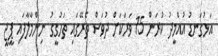
އަޅުގަނޑު އުއްމީދު ކުރަން 15 ވަރަކަށް ދުވަސް ތެރޭގައި ތަހުގީގު ނިންމާލާފައި ޕީޖީ